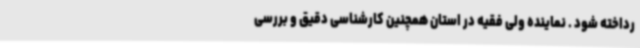
رداخته شود . نماینده ولی فقیه در استان همچنین کارشناسی دقیق و بررسی